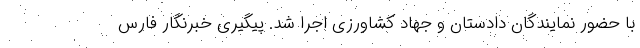
با حضور نمایندگان دادستان و جهاد کشاورزی اجرا شد. پیگیری خبرنگار فارس